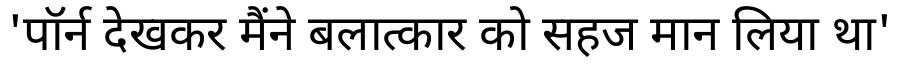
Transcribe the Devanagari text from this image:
'पॉर्न देखकर मैंने बलात्कार को सहज मान लिया था'